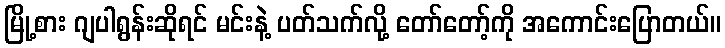
မြို့စား ဂျပါရွန်းဆိုရင် မင်းနဲ့ ပတ်သက်လို့ တော်တော့်ကို အကောင်းပြောတယ်။